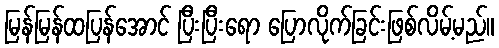
မြန်မြန်ထပြန်အောင် ပြီးပြီးရော ပြောလိုက်ခြင်းဖြစ်လိမ့်မည်။